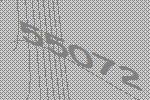
55072